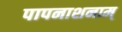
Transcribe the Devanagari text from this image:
पापनाशनाम्